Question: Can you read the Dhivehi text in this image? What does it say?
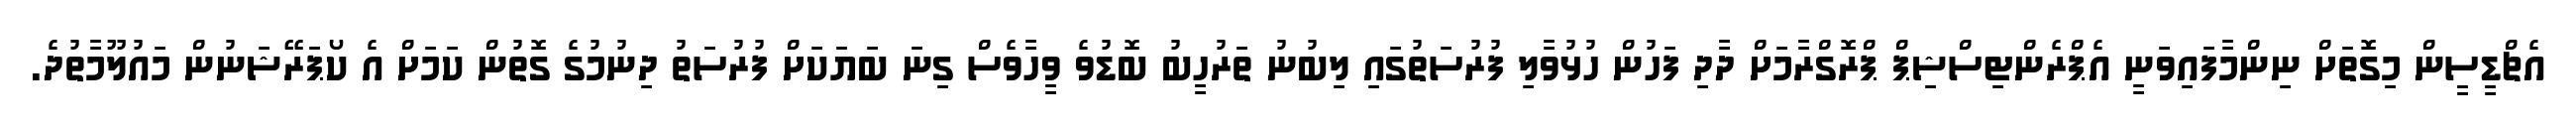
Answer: އެޗްޑީސީން މިގޮތަށް ނިންމާފައިވަނީ އެޕްރެންޓިސްޝިޕް ޕްރޮގްރާމަށް ދާދި ފަހުން ހުޅުވާލި ފުރުސަތުގައި ލިބުނު ތަރުހީބު ބޮޑުވެ ވީހާވެސް ގިނަ ބަޔަކަށް ފުރުސަތު ދިނުމުގެ ގޮތުން ކަމަށް އެ ކޯޕަރޭޝަނުން މައުލޫމާތުދެ.